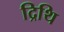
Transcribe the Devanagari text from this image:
द्रिथि